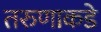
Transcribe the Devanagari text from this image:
तरुणाकडे